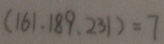
( 1 6 1 , 1 8 9 , 2 3 1 ) = 7